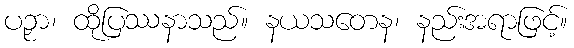
ပဉှာ၊ ထိုပြဿနာသည်။ နယသတေန၊ နည်းအရာဖြင့်။